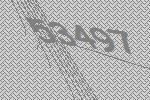
53497